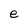
Character: e